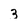
Character: 3